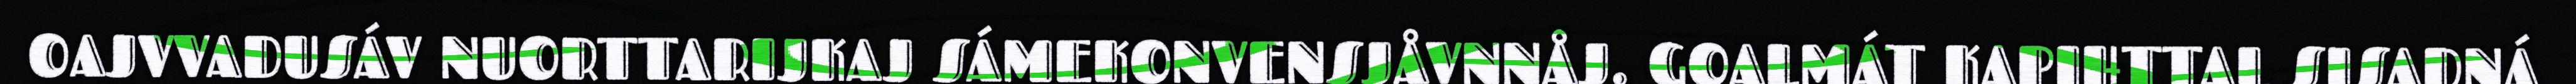
OAJVVADUSÁV NUORTTARIJKAJ SÁMEKONVENSJÅVNNÅJ. GOALMÁT KAPIHTTAL SISADNÁ